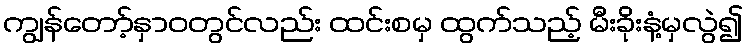
ကျွန်တော့်နှာဝတွင်လည်း ထင်းစမှ ထွက်သည့် မီးခိုးနံ့မှလွဲ၍